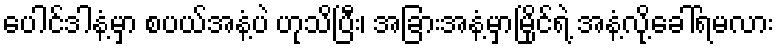
ပေါင်ဒါနံ့မှာ စပယ်အနံ့ပဲ ဟုသိပြီး၊ အခြားအနံ့မှာမြိုင်ရဲ့ အနံ့လို့ခေါ်ရမလား